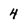
Character: 4